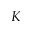
K